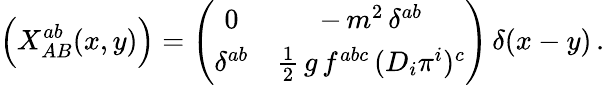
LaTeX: \Bigl(X_{AB}^{ab}(x,y)\Bigr)=\left(\begin{array}{cc}{{0}}&{{-\, m^{2}\, \delta^{ab}}}\\ {{\delta^{ab}}}&{{\frac{1}{2}\, g\, f^{abc}\, (D_{i}\pi^{i})^{c}}}\end{array}\right)\, \delta(x-y)\, .